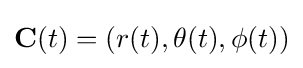
\mathbf {C} (t)=(r(t),\theta (t),\phi (t))